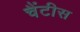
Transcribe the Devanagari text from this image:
चैंटीस